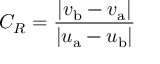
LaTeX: C _ { R } = { \frac { \left| v _ { \mathrm { b } } - v _ { \mathrm { a } } \right| } { \left| u _ { \mathrm { a } } - u _ { \mathrm { b } } \right| } }